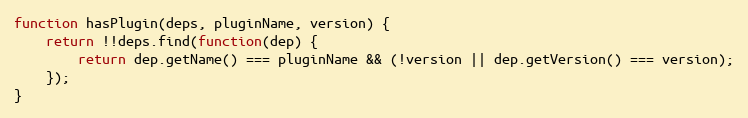
Language: JavaScript
function hasPlugin(deps, pluginName, version) {
    return !!deps.find(function(dep) {
        return dep.getName() === pluginName && (!version || dep.getVersion() === version);
    });
}